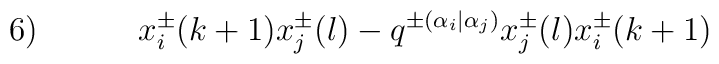
6) \hspace{.5in} x^{\pm}_i(k+1) x^{\pm}_j(l)                        -q^{\pm (\alpha_i | \alpha_j)}                                  x^{\pm}_j(l) x^{\pm}_i(k+1)